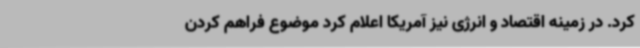
کرد. در زمینه اقتصاد و انرژی نیز آمریکا اعلام کرد موضوع فراهم کردن